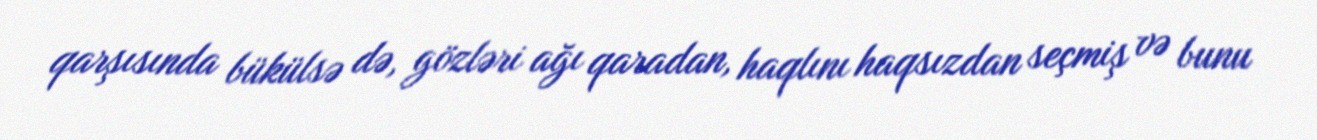
qarşısında bükülsə də, gözləri ağı qaradan, haqlını haqsızdan seçmiş və bunu